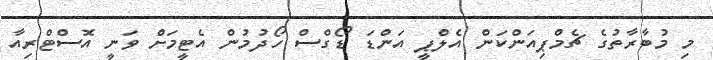
މި މުބާރާތުގެ ޗެމްޕިއަންކަން އެލްޕީ އަންޑަ ޑޯގްސް ހޯދުމުން އެޓީމަށް ވަނީ އޮސްޓްރިއާ